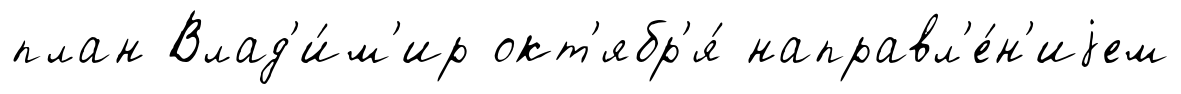
план Влад'и́м'ир окт'ябр'я́ направл'е́н'иjем